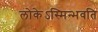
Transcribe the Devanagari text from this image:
लोकेऽस्मिन्भवति